Vaccination report Assam 1896-1927 - 1896-1927
Year: 1896
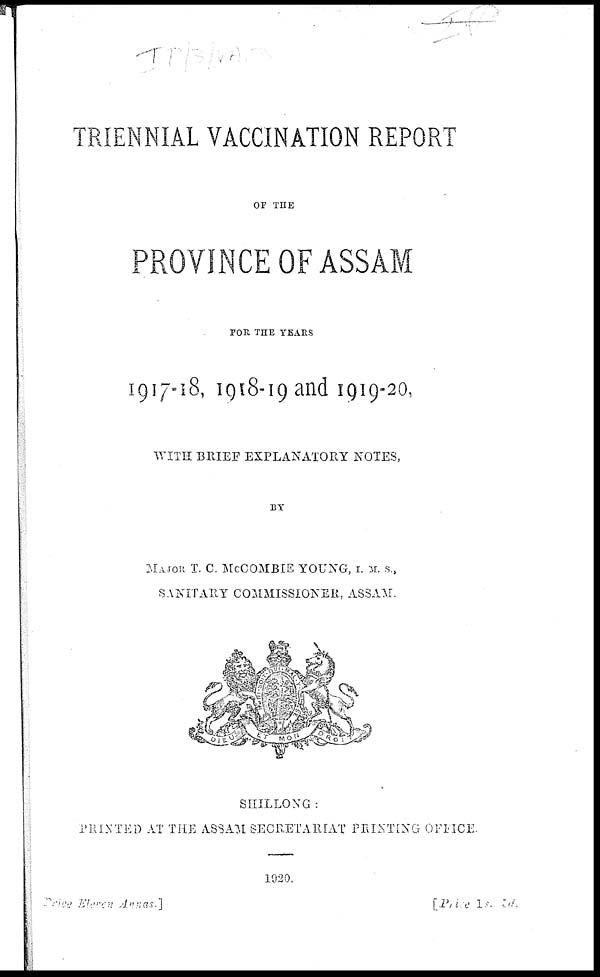
TRIENNIAL VACCINATION REPORT
OF THE
PROVINCE OF ASSAM
FOR THE YEARS
1917-18, 1918-19 and 1919-20,
WITH BRIEF EXPLANATORY NOTES,
BY
MAJOR T. C. McCOMBIE YOUNG, I. M. S.,
SANITARY COMMISSIONER, ASSAM.
SHILLONG :
PRINTED AT THE ASSAM SECRETARIAT PRINTING OFFICE
1920.
Price Eleven Annas.]
[Price
1 s. 5d